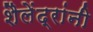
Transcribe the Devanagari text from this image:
शैलेंद्रांनी